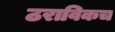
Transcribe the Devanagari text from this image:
ठराविकच